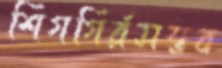
শিগগির্রসম্ভব